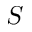
S